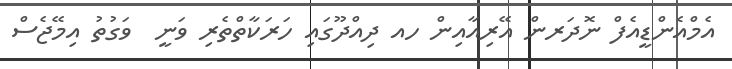
އެމްއެންޑީއެފް ނޮދަރން އޭރިއާއިން ހއ ދިއްދޫގައި ހަރަކާތްތެރި ވަނީ  ވަގުތު އިމޭޖެސް